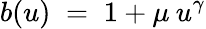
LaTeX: b(u)\; =\; 1+\mu\: u^{\gamma}